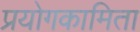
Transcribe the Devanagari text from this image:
प्रयोगकामिता